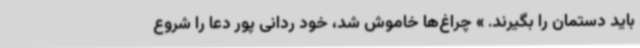
باید دستمان را بگیرند. » چراغ‌ها خاموش شد، خود ردانی پور دعا را شروع